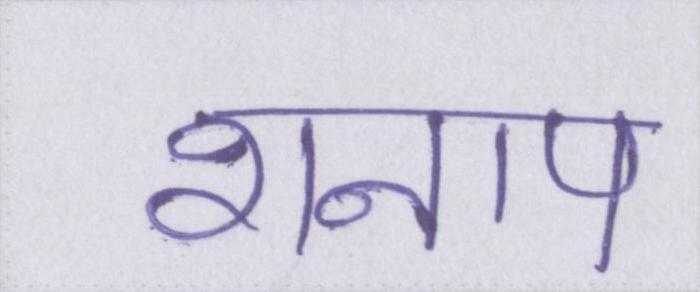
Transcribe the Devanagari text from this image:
शनाप